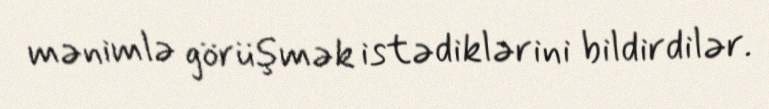
mənimlə görüşmək istədiklərini bildirdilər.